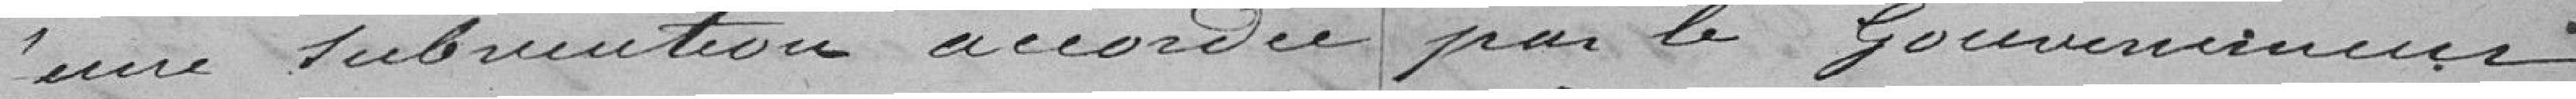
d'une subvention accordée par le Gouverneur